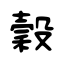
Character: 穀